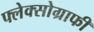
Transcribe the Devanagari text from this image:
फ्लेक्सोग्राफी